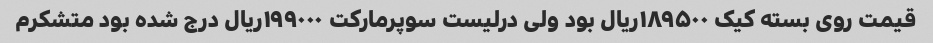
قیمت روی بسته کیک ۱۸۹۵۰۰ریال بود ولی درلیست سوپرمارکت ۱۹۹۰۰۰ریال درج شده بود متشکرم